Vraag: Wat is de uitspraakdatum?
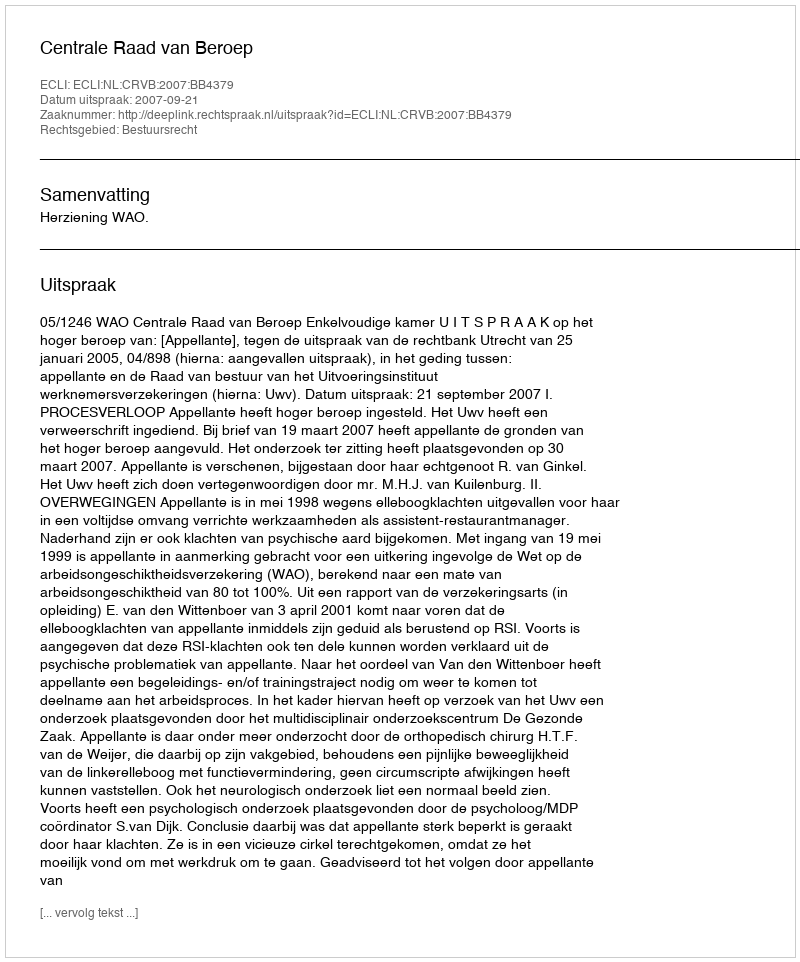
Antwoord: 2007-09-21